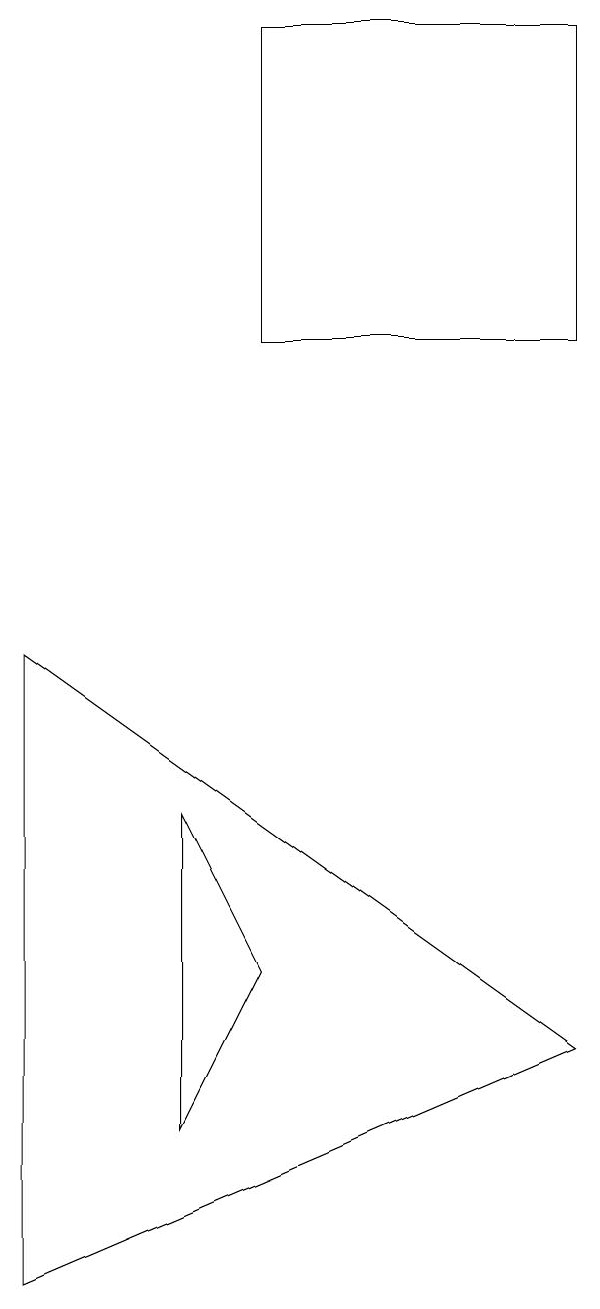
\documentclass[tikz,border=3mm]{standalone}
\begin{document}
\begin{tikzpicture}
\draw (9,3) -- (2,8) -- (2,0) -- cycle;
\draw (9,12) rectangle (5,16);
\draw (4,6) -- (4,2) -- (5,4) -- cycle;
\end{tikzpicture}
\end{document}